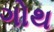
ગોથ